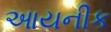
આયનીક